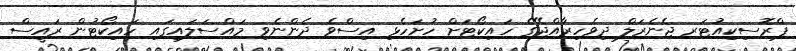
ޕްރޮސިކިއުޓަރ ޖެނެރަލް ދިވެހިރާއްޖޭގެ ހައިކޯޓަށް ހުށަހެޅި އިސްވެ ދެންނެވި މައްސަލައިގައި ހައިކޯޓުން ރައީސް